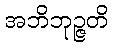
အဘိဘုဉ္ဇတိ